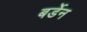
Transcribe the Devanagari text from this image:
बर्डेन